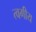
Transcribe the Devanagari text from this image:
त्वगीय